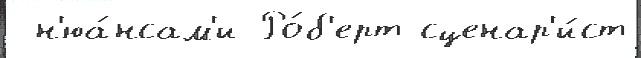
 н'юа́нсам'и Ро́б'ерт сценар'и́ст